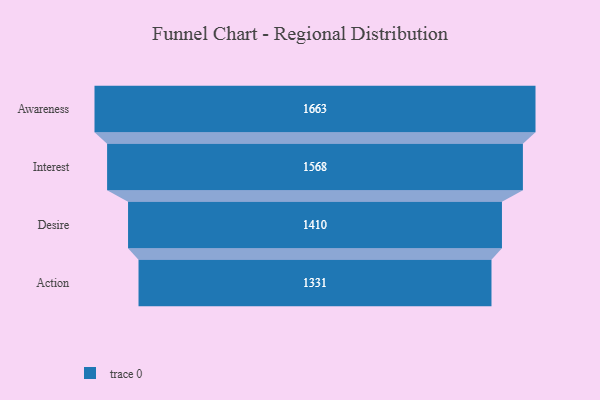
{"axis": {"x": "Stage", "y": "Value"}, "legend": [""], "data": [{"x": "Awareness", "y": 1663.0, "type": ""}, {"x": "Interest", "y": 1568.0, "type": ""}, {"x": "Desire", "y": 1410.0, "type": ""}, {"x": "Action", "y": 1331.0, "type": ""}]}